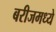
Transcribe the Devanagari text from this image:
बरीजमध्ये